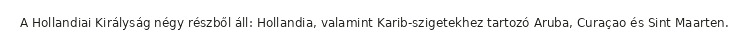
A Hollandiai Királyság négy részből áll: Hollandia, valamint Karib-szigetekhez tartozó Aruba, Curaçao és Sint Maarten.